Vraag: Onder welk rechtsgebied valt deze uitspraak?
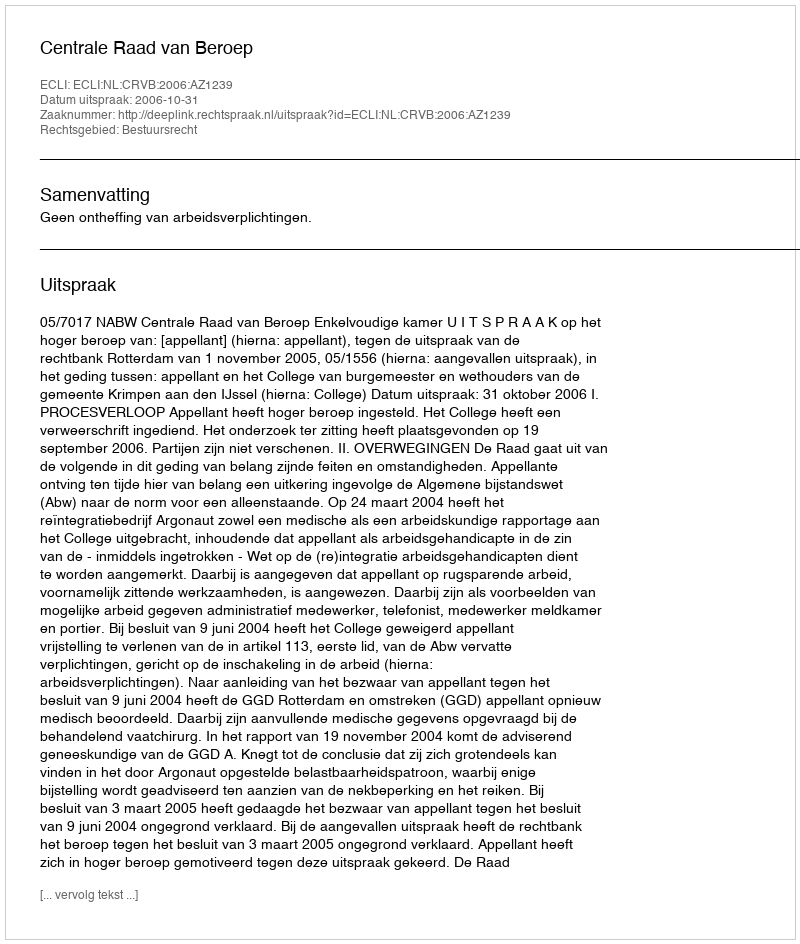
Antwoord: Bestuursrecht